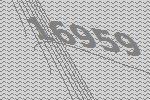
16959